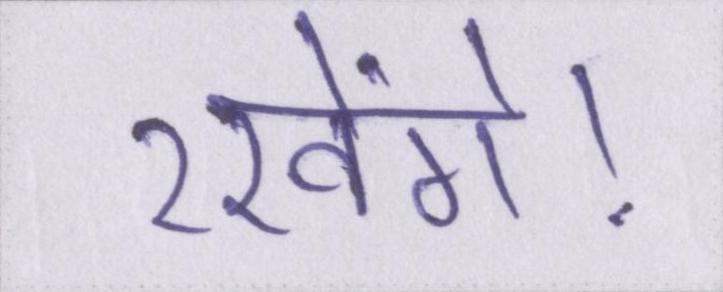
रखेंगे।